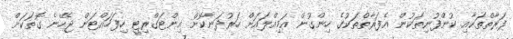
ފަރާތްތަކާއި ކުންފުނިތަކުން އެފަރާތްތަކުގެ ހިންގުން އަމިއްލައަށް ހަރުދަނާކޮށް އިންޓަގްރިޓީ ހިފަހައްޓަން ޖެހޭނެ ގޮތަކަށް